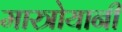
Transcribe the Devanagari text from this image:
मास्त्रोयानी